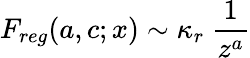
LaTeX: F_{reg}(a,c;x)\sim\kappa_{r}\ {\frac{1}{z^{a}}}